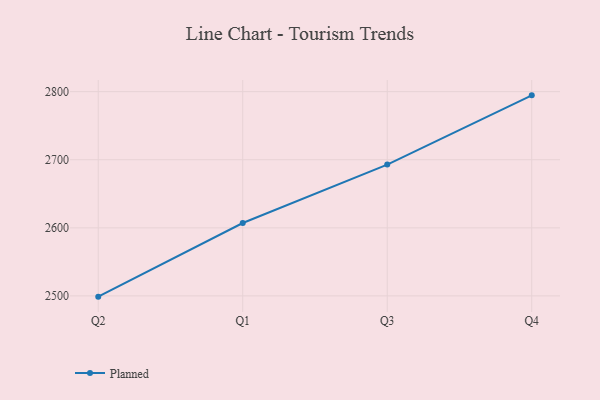
{"axis": {"x": "Quarter", "y": "Satisfaction Score"}, "legend": ["Planned"], "data": [{"x": "Q2", "y": 2498.9, "type": "Planned"}, {"x": "Q1", "y": 2607.1, "type": "Planned"}, {"x": "Q3", "y": 2692.9, "type": "Planned"}, {"x": "Q4", "y": 2794.6, "type": "Planned"}]}